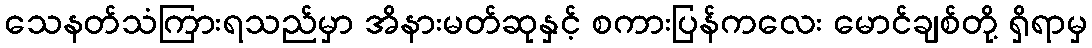
သေနတ်သံကြားရသည်မှာ အိနားမတ်ဆုနှင့် စကားပြန်ကလေး မောင်ချစ်တို့ ရှိရာမှ